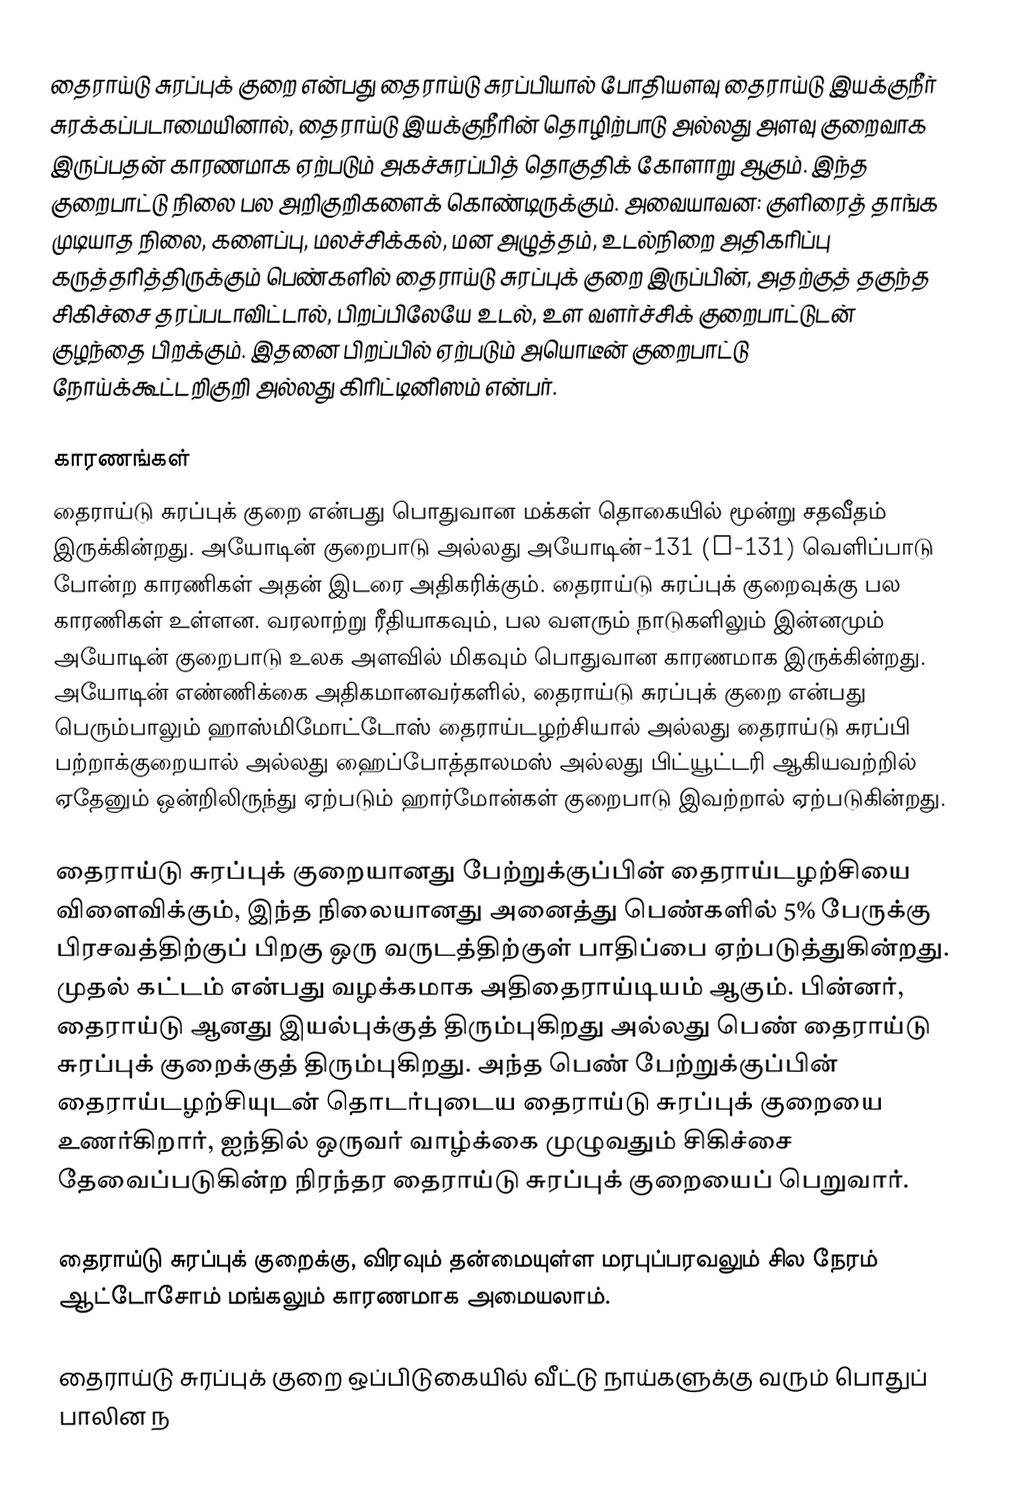
தைராய்டு சுரப்புக் குறை என்பது தைராய்டு சுரப்பியால் போதியளவு தைராய்டு இயக்குநீர் சுரக்கப்படாமையினால், தைராய்டு இயக்குநீரின் தொழிற்பாடு அல்லது அளவு குறைவாக இருப்பதன் காரணமாக ஏற்படும் அகச்சுரப்பித் தொகுதிக் கோளாறு ஆகும். இந்த குறைபாட்டு நிலை பல அறிகுறிகளைக் கொண்டிருக்கும். அவையாவன: குளிரைத் தாங்க முடியாத நிலை, களைப்பு, மலச்சிக்கல், மன அழுத்தம், உடல்நிறை அதிகரிப்பு கருத்தரித்திருக்கும் பெண்களில் தைராய்டு சுரப்புக் குறை இருப்பின், அதற்குத் தகுந்த சிகிச்சை தரப்படாவிட்டால், பிறப்பிலேயே உடல், உள வளர்ச்சிக் குறைபாட்டுடன் குழந்தை பிறக்கும். இதனை பிறப்பில் ஏற்படும் அயொடீன் குறைபாட்டு நோய்க்கூட்டறிகுறி அல்லது கிரிட்டினிஸம் என்பர்.

காரணங்கள்
தைராய்டு சுரப்புக் குறை என்பது பொதுவான மக்கள் தொகையில் மூன்று சதவீதம் இருக்கின்றது. அயோடின் குறைபாடு அல்லது அயோடின்-131 (I-131) வெளிப்பாடு போன்ற காரணிகள் அதன் இடரை அதிகரிக்கும். தைராய்டு சுரப்புக் குறைவுக்கு பல காரணிகள் உள்ளன. வரலாற்று ரீதியாகவும், பல வளரும் நாடுகளிலும் இன்னமும் அயோடின் குறைபாடு உலக அளவில் மிகவும் பொதுவான காரணமாக இருக்கின்றது. அயோடின் எண்ணிக்கை அதிகமானவர்களில், தைராய்டு சுரப்புக் குறை என்பது பெரும்பாலும் ஹாஸ்மிமோட்டோஸ் தைராய்டழற்சியால் அல்லது தைராய்டு சுரப்பி பற்றாக்குறையால் அல்லது ஹைப்போத்தாலமஸ் அல்லது பிட்யூட்டரி ஆகியவற்றில் ஏதேனும் ஒன்றிலிருந்து ஏற்படும் ஹார்மோன்கள் குறைபாடு இவற்றால் ஏற்படுகின்றது.

தைராய்டு சுரப்புக் குறையானது பேற்றுக்குப்பின் தைராய்டழற்சியை விளைவிக்கும், இந்த நிலையானது அனைத்து பெண்களில் 5% பேருக்கு பிரசவத்திற்குப் பிறகு ஒரு வருடத்திற்குள் பாதிப்பை ஏற்படுத்துகின்றது. முதல் கட்டம் என்பது வழக்கமாக அதிதைராய்டியம் ஆகும். பின்னர், தைராய்டு ஆனது இயல்புக்குத் திரும்புகிறது அல்லது பெண் தைராய்டு சுரப்புக் குறைக்குத் திரும்புகிறது. அந்த பெண் பேற்றுக்குப்பின் தைராய்டழற்சியுடன் தொடர்புடைய தைராய்டு சுரப்புக் குறையை உணர்கிறார், ஐந்தில் ஒருவர் வாழ்க்கை முழுவதும் சிகிச்சை தேவைப்படுகின்ற நிரந்தர தைராய்டு சுரப்புக் குறையைப் பெறுவார்.

தைராய்டு சுரப்புக் குறைக்கு, விரவும் தன்மையுள்ள மரபுப்பரவலும் சில நேரம் ஆட்டோசோம் மங்கலும் காரணமாக அமையலாம்.

தைராய்டு சுரப்புக் குறை ஒப்பிடுகையில் வீட்டு நாய்களுக்கு வரும் பொதுப் பாலின ந